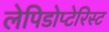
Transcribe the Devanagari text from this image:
लेपिडोप्टेरिस्ट